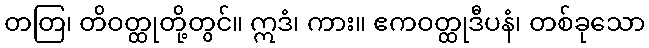
တတြ၊ တိဝတ္ထုတို့တွင်။ ဣဒံ၊ ကား။ ဧကဝတ္ထုဒီပနံ၊ တစ်ခုသော